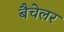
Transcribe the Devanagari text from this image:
बैचेलर